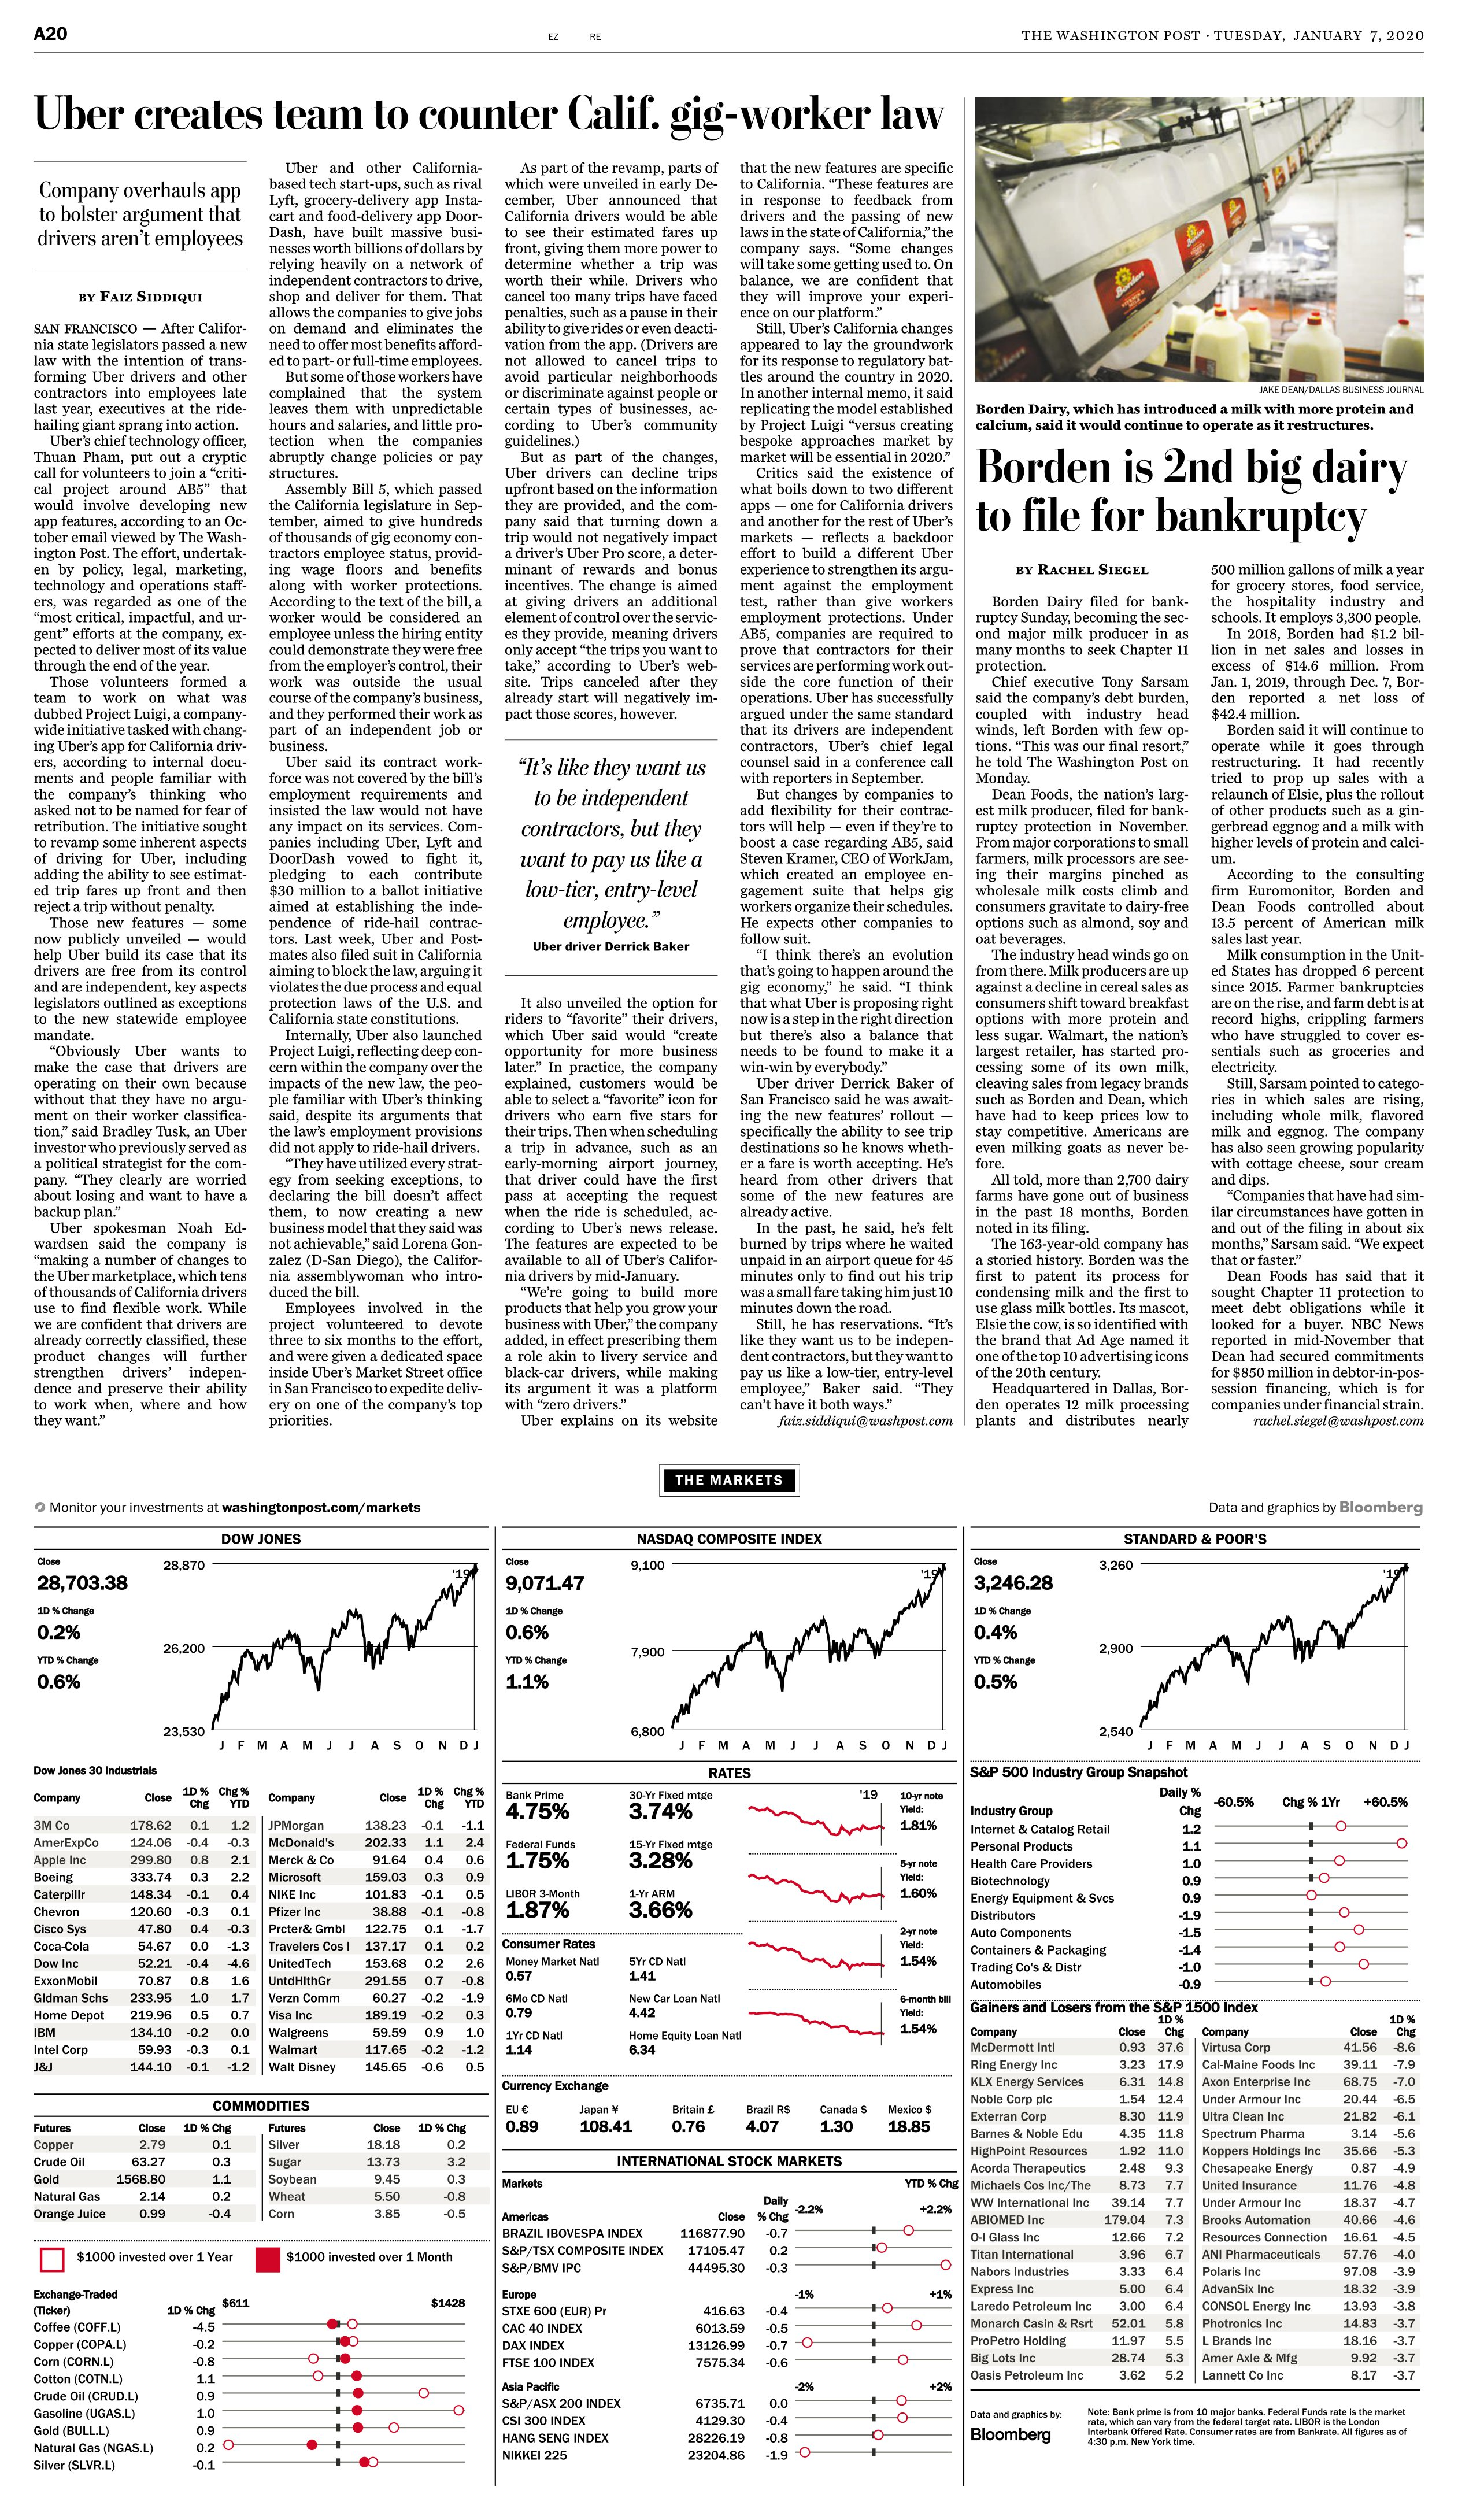
Language: en